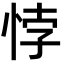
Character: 悖